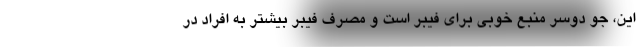
این، جو دوسر منبع خوبی برای فیبر است و مصرف فیبر بیشتر به افراد در